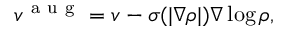
v ^ { \mathrm { ~ a ~ u ~ g ~ } } = v - \sigma ( | \nabla \rho | ) \nabla \log \rho ,